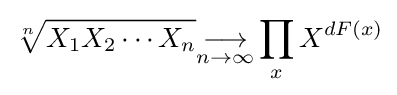
{\sqrt[{n}]{X_{1}X_{2}\cdots X_{n}}}{\underset {n\to \infty }{\longrightarrow }}\prod _{x}X^{dF(x)}